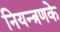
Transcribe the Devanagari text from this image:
नियन्त्रणके